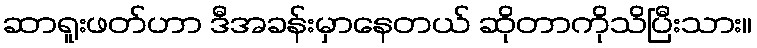
ဆာရူးဖတ်ဟာ ဒီအခန်းမှာနေတယ် ဆိုတာကိုသိပြီးသား။